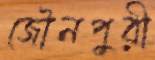
জৌনপুরী